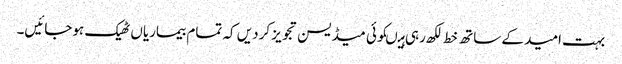
بہت امید کے ساتھ خط لکھ رہی ہیںکوئی میڈیسن تجویز کردیں کہ تمام بیماریاں ٹھیک ہوجائیں۔